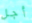
أجل